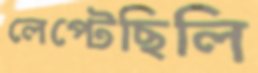
লেপ্‌টেছিলি